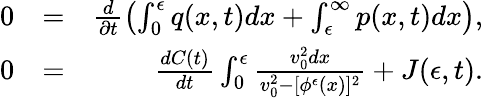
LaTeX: \begin{array}{rlr}{0}&{=}&{\frac{d}{\partial t}\left(\int_{0}^{\epsilon}q(x,t)dx+\int_{\epsilon}^{\infty}p(x,t)dx\right),}\\ {0}&{=}&{\frac{dC(t)}{dt}\int_{0}^{\epsilon}\frac{v_{0}^{2}dx}{v_{0}^{2}-[\phi^{\epsilon}(x)]^{2}}+J(\epsilon,t).}\end{array}